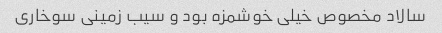
سالاد مخصوص خیلی خوشمزه بود و سیب زمینی سوخاری